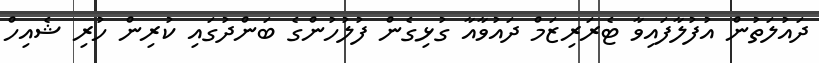
ދައުލަތުން އުފުލާފައިވާ ޓެރަރިޒަމް ދައުވާއާ ގުޅިގެން ފުލުހުންގެ ބަންދުގައި ކުރިން ހުރި ޝެއިހް